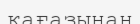
қағазынан